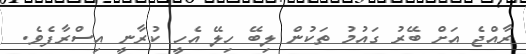
ރާއްޖެ އަށް ބޭރު ގައުމު ތަކުން ލިބޭ ހިލޭ އެހީ ކުރާނީ އިސްރާފެވެ.